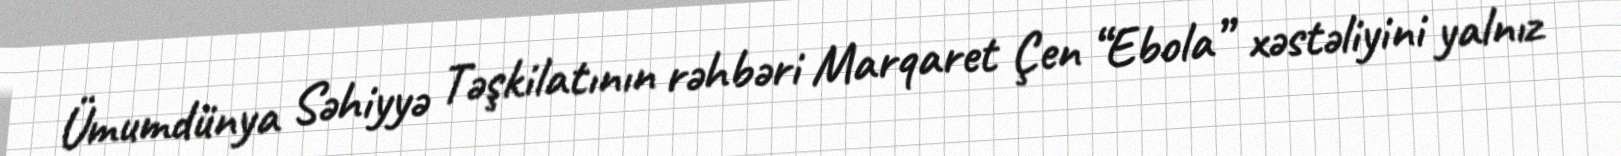
Ümumdünya Səhiyyə Təşkilatının rəhbəri Marqaret Çen “Ebola” xəstəliyini yalnız